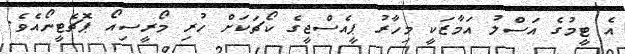
އެ ޓީމުގެ އަސްލު އަމާޒަކީ މިހާރު ޕީއެސްޖީގެ ކޯޗަކަށް ހުރި މޯރީސިއޯ ޕޮޗެޓީނޯއެވެ.